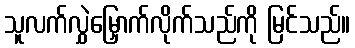
သူလက်လွှဲမြှောက်လိုက်သည်ကို မြင်သည်။